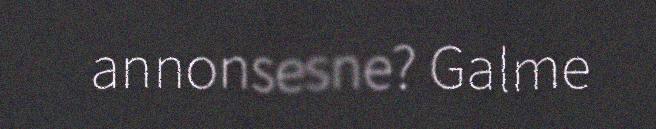
annonsesne? Galme